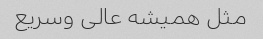
مثل همیشه عالی وسریع